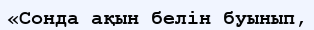
«Сонда ақын белін буынып,